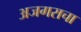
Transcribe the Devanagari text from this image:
अजगराचा